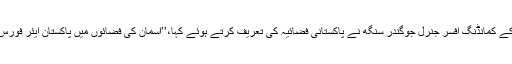
بھارتی ویسٹرن کمانڈ کے کمانڈنگ افسر جنرل جوگندر سنگھ نے پاکستانی فضائیہ کی تعریف کرتے ہوئے کہا،’’آسمان کی فضائوں میں پاکستان ایئر فورس کی حکومت قائم تھی۔